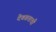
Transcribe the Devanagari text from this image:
देवव्रताची